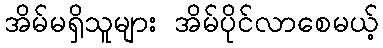
အိမ်မရှိသူများ အိမ်ပိုင်လာစေမယ့်